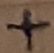
Text: +